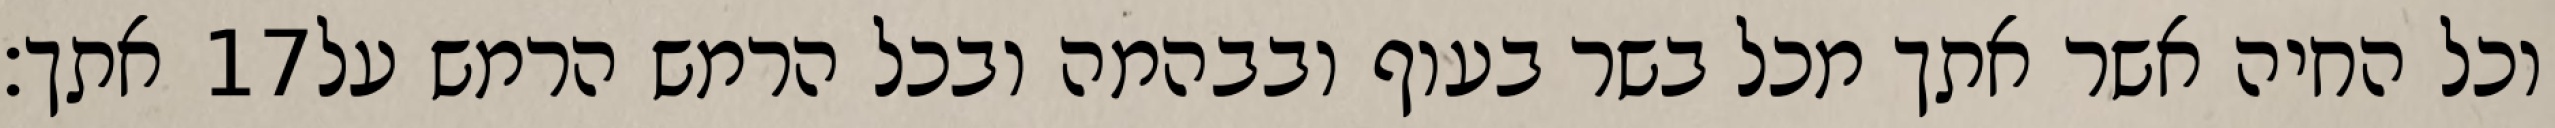
אתך׃ ‎17‏ וכל החיה אשר אתך מכל בשר בעוף ובבהמה ובכל הרמש הרמש על